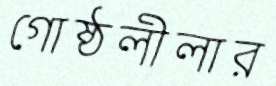
গোষ্ঠলীলার